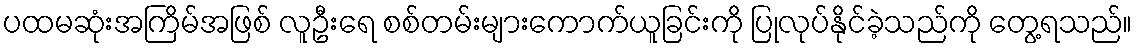
ပထမဆုံးအကြိမ်အဖြစ် လူဦးရေ စစ်တမ်းများကောက်ယူခြင်းကို ပြုလုပ်နိုင်ခဲ့သည်ကို တွေ့ရသည်။